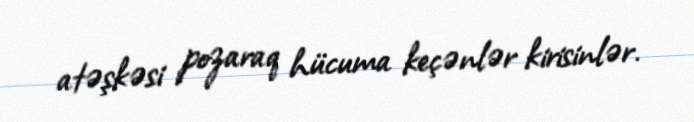
atəşkəsi pozaraq hücuma keçənlər kirisinlər.